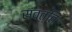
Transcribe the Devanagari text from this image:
संवत्ति